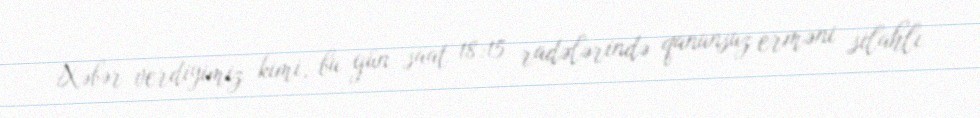
Xəbər verdiyimiz kimi, bu gün saat 18:15 radələrində qanunsuz erməni silahlı